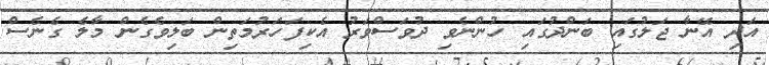
އަދި އޭނާ ޖަލުގައި ބަންދުގައި ހުންނެވި ދުވަސްވަރު އެކިފަހަރުމަތިން ބަލިވެގެން މާލެ ގެނެސް